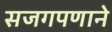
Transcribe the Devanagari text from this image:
सजगपणाने